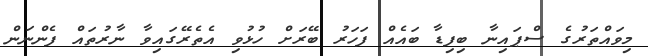
މިވައްތަރުގެ ސްޕައިނާ ބިފިޑާ ބައެއް ފަހަރު ބޭރަށް ހުޅުވި އެތެރޭގައިވާ ނާރުތައް ފެންނަން